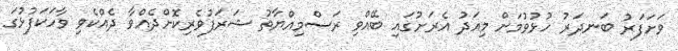
ވަށަފަރު ބަނދަރު ހުޅުވުމަށް މިއަދު އެރަށުގައި ބޭއްވި ރަސްމިއްޔާތު ޝަރަފުވެރިކޮށްދެއްވާ ދެއްކެވި ވާހަކަފުޅުގަ